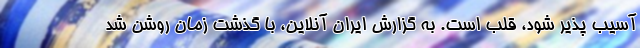
آسیب پذیر شود، قلب است. به گزارش ایران آنلاین، با گذشت زمان روشن شد